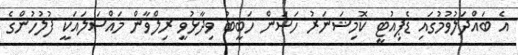
އެ ބައްދަލުވުމުގައި ޑެޕިއުޓީ ކޮމިޝަނަރު ހަސަން ހަބީބު ވިދާޅުވީ ރިލްވާން މައްސަލައަކީ ފުލުހުންގެ